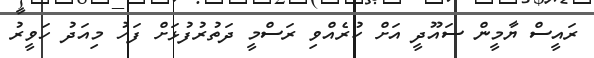
ރައީސް ޔާމީން ސައޫދީ އަށް ކުރެއްވި ރަސްމީ ދަތުރުފުޅަށް ފަހު މިއަދު ހަވީރު